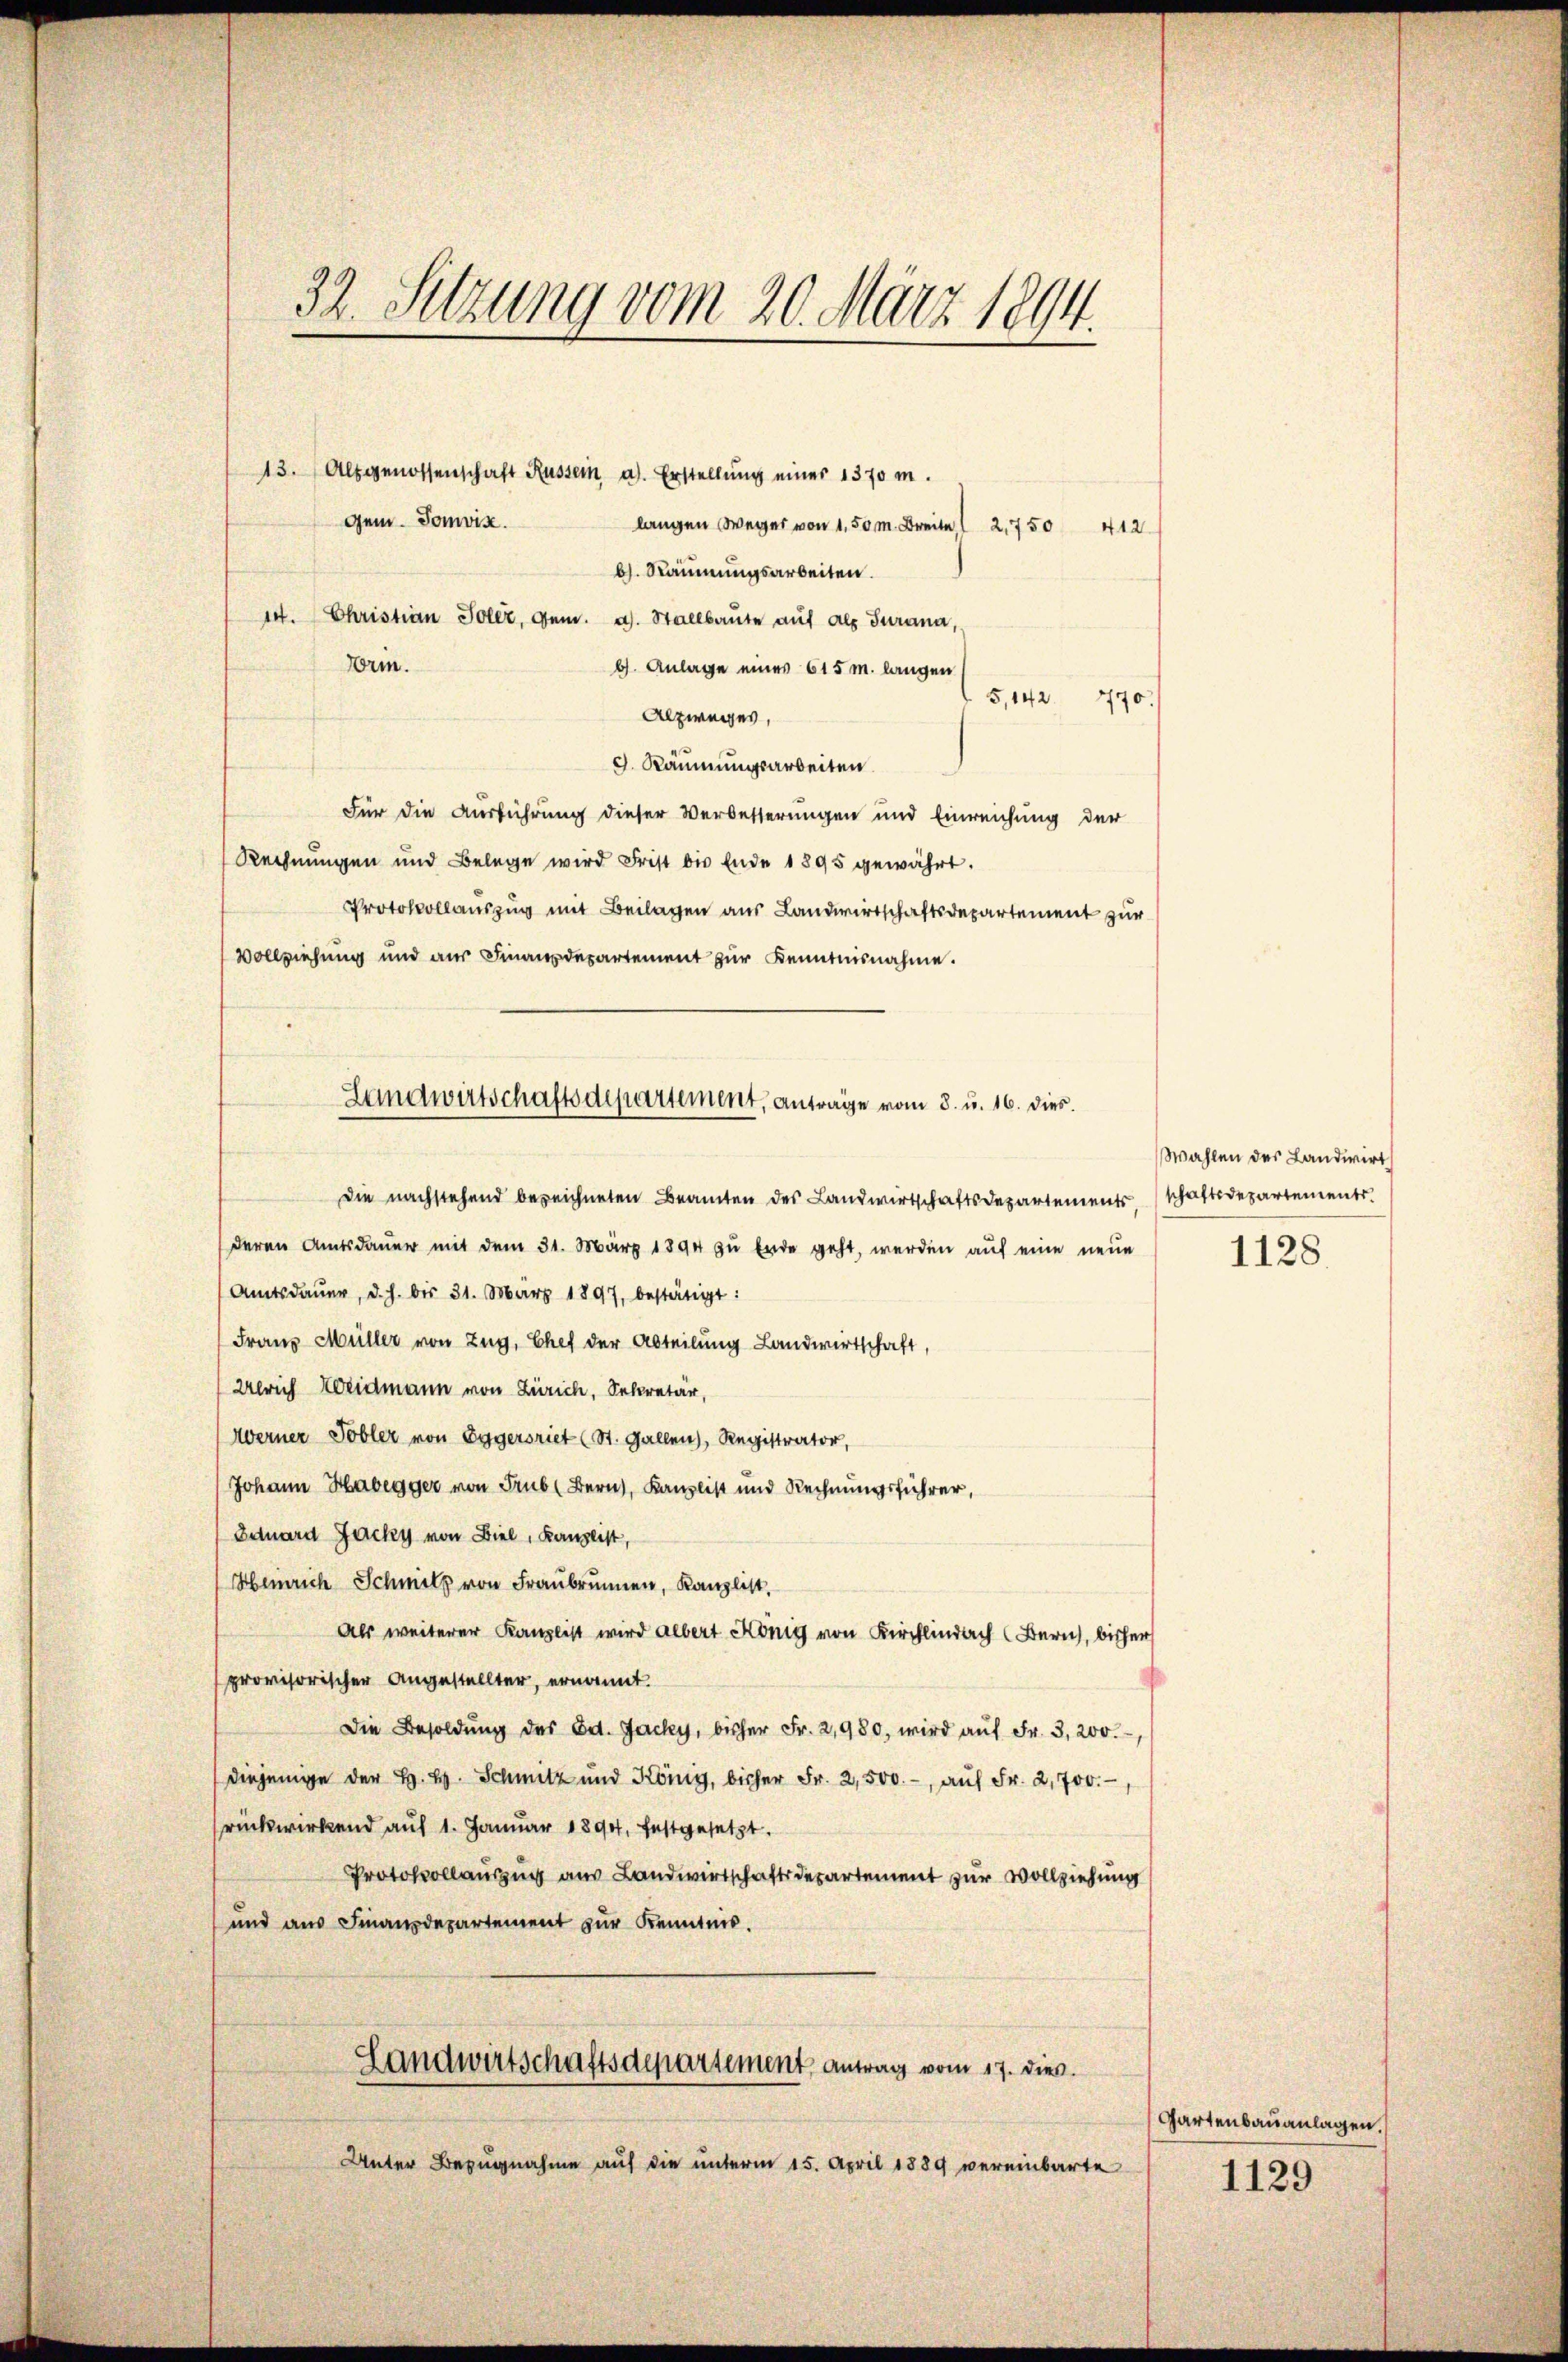
32. Setzung vom 20. März 1894.

13. Alsgenossenschaft Russern a. Erstellung einer 1370 m.
langen Weger von 1,50 M. Breit 1 2,750 412
b. Räumungsarbeiten.
14. Christian Toler, gen. a. Stallbaute auf als Jurana,
b. Anlage eines 615 m. langen
5,142. 770.
Alzweges,
9. Räumungsarbeiten
Für die Ausführung dieser Verbesserungen und Einreichung der
Rechnungen und Belege wird Frist bis Ende 1895 gewährt.
Protokollauszug mit Beilagen aus Landwirtschaftsdepartement zur
Vollziehung und aus Finanzdepartement zur Kenntnisnahme.
Die nachstehend bezeichneten Beamten des Landwirtschaftsdepartementschaftsdepartements
deren Amtsdauer mit dem 31. März 1894 zu Ende geht, werden auf eine neue
Amtsdaŭer, d. h. bis 31. März 1897, bestätigt:
Franz Müller von Zug, Chef der Abteilung Landwirtschaft,
Werich Weidmann von Zürich, Sekretär,
Werner Tobler von Eggersriet (St. Gallen), Registrator,
Johann Habegger von Trub (Bern, Kanzlist und Rechnungsführer,
Eduard Jacky von Biel, Kanzlist,
Heinrich Schmitz von Fraŭbrunn, Kanzlist,
Als weiterer Kanzlist wird albert König von Kirchlich Bern, bisher
provisorischer Angestellter, ernannt.
Die Besoldŭng des Ed. Jacky, bisher Fr. 2,980, wird aŭf Fr. 3, 200.-,
diejenige der H. H. Schmitz und König, bisher Fr. 2,500.- aŭf Fr. 2,700.-,
rückwirkend auf 1. Januar 1894, festgesetzt.
Protokollauszug aus Landwirtschaftsdepartement zur Vollziehung
und aus Finanzdepartement zŭr Kenntnis.
Landwirtschaftsdepartement Antrag vom 17. dies
Unter Bezugnahme auf die unterm 15. April 1889 vereinbarte

gem. Somvix.

Form.

Landwirtschaftsdepartement, Anträge vom 8. u. 16. dies

Wahlen des Landwirt

1128

Gartenbauanlagen.

1129